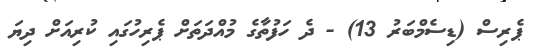
ޕެރިސް (ޑިސެމްބަރު 13) - ދެ ހަފުތާގެ މުއްދަތަށް ޕެރިހުގައި ކުރިއަށް ދިޔަ